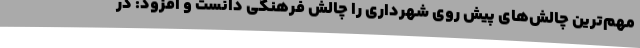
مهم‌ترین چالش‌های پیش روی شهرداری را چالش فرهنگی دانست و افزود: در